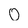
Character: o